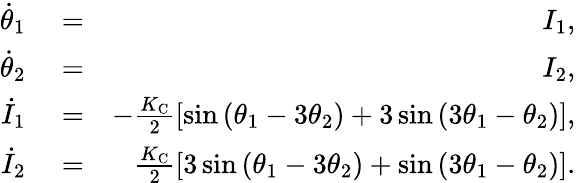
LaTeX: \begin{array}{rlr}{\dot{\theta}_{1}}&{{}=}&{I_{1},}\\ {\dot{\theta}_{2}}&{{}=}&{I_{2},}\\ {\dot{I}_{1}}&{{}=}&{-\frac{K_{\mathrm{C}}}{2}\left[\sin\left(\theta_{1}-3\theta_{2}\right)+3\sin\left(3\theta_{1}-\theta_{2}\right)\right],}\\ {\dot{I}_{2}}&{{}=}&{\frac{K_{\mathrm{C}}}{2}\left[3\sin\left(\theta_{1}-3\theta_{2}\right)+\sin\left(3\theta_{1}-\theta_{2}\right)\right].}\end{array}